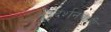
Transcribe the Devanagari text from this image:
दूरदर्शनचाही